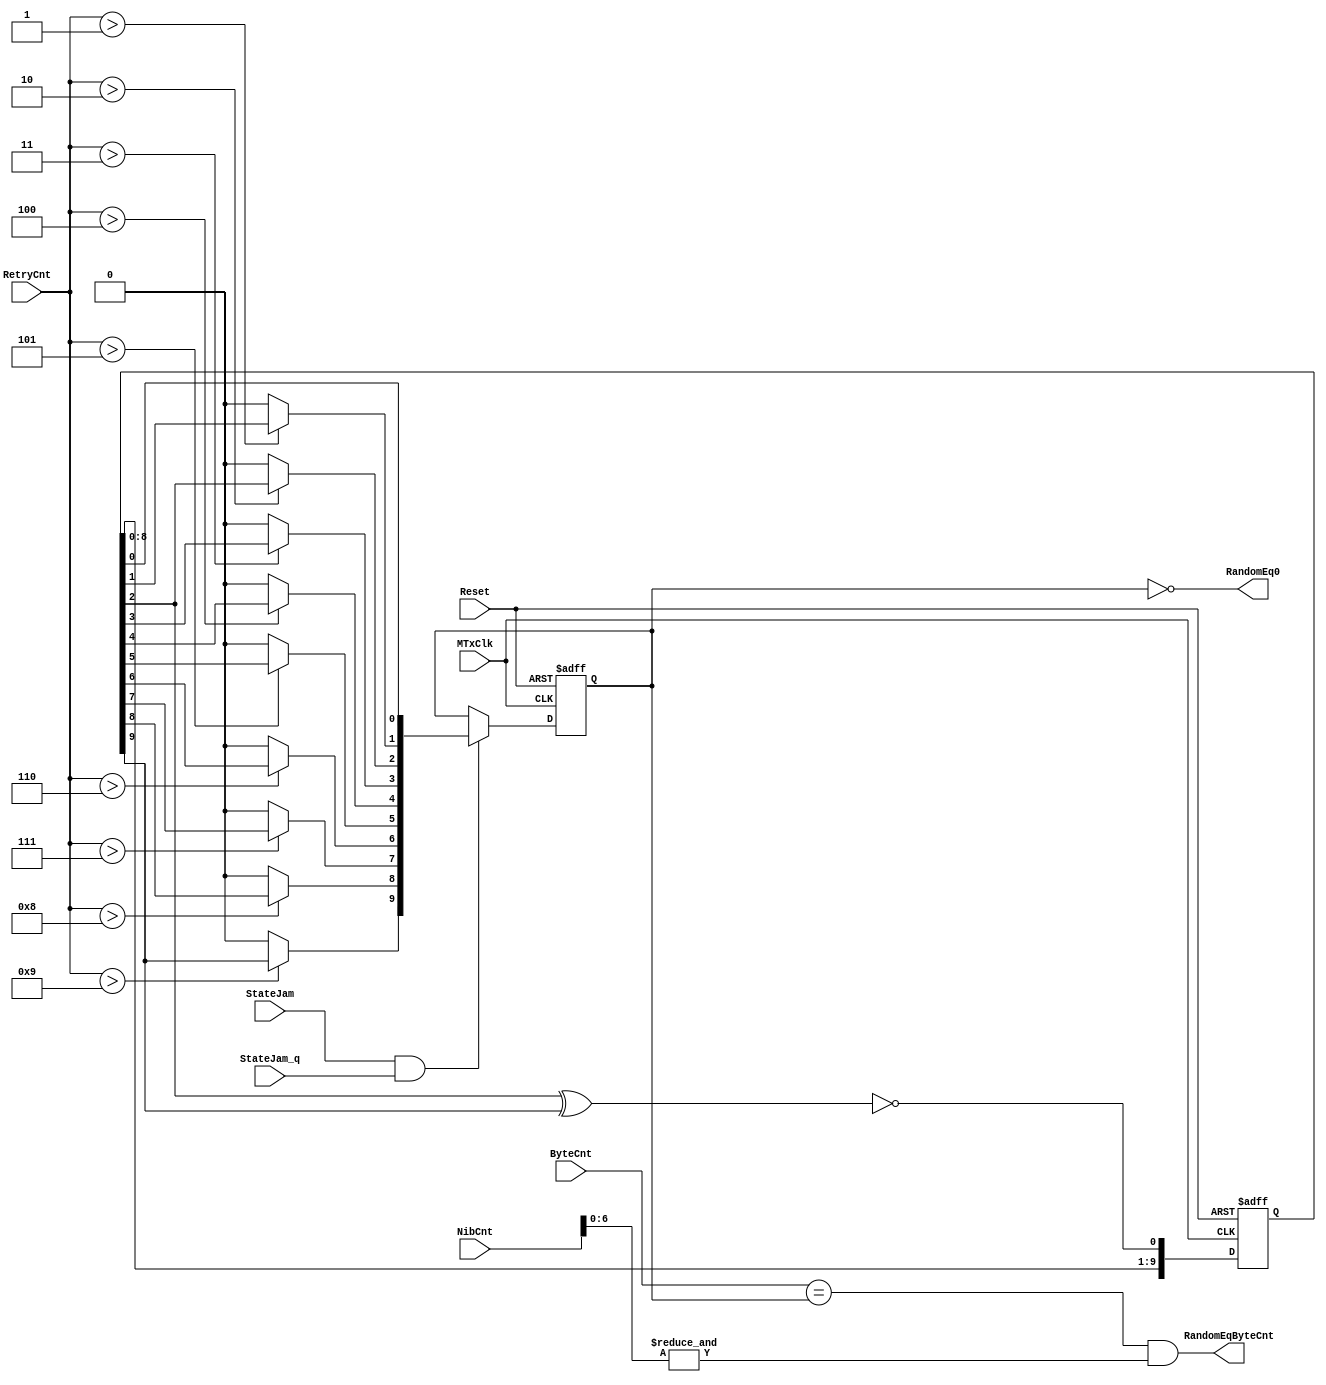
module eth_random (MTxClk, Reset, StateJam, StateJam_q, RetryCnt, NibCnt, ByteCnt, 
                   RandomEq0, RandomEqByteCnt);

input MTxClk;
input Reset;
input StateJam;
input StateJam_q;
input [3:0] RetryCnt;
input [15:0] NibCnt;
input [9:0] ByteCnt;
output RandomEq0;
output RandomEqByteCnt;

wire Feedback;
reg [9:0] x;
wire [9:0] Random;
reg  [9:0] RandomLatched;


always @ (posedge MTxClk or posedge Reset)
begin
  if(Reset)
    x[9:0] <=  0;
  else
    x[9:0] <=  {x[8:0], Feedback};
end

assign Feedback = ~(x[2] ^ x[9]);

assign Random [0] = x[0];
assign Random [1] = (RetryCnt > 1) ? x[1] : 1'b0;
assign Random [2] = (RetryCnt > 2) ? x[2] : 1'b0;
assign Random [3] = (RetryCnt > 3) ? x[3] : 1'b0;
assign Random [4] = (RetryCnt > 4) ? x[4] : 1'b0;
assign Random [5] = (RetryCnt > 5) ? x[5] : 1'b0;
assign Random [6] = (RetryCnt > 6) ? x[6] : 1'b0;
assign Random [7] = (RetryCnt > 7) ? x[7] : 1'b0;
assign Random [8] = (RetryCnt > 8) ? x[8] : 1'b0;
assign Random [9] = (RetryCnt > 9) ? x[9] : 1'b0;


always @ (posedge MTxClk or posedge Reset)
begin
  if(Reset)
    RandomLatched <=  10'h000;
  else
    begin
      if(StateJam & StateJam_q)
        RandomLatched <=  Random;
    end
end

// Random Number == 0      IEEE 802.3 page 68. If 0 we go to defer and not to backoff.
assign RandomEq0 = RandomLatched == 10'h0; 

assign RandomEqByteCnt = ByteCnt[9:0] == RandomLatched & (&NibCnt[6:0]);

endmodule